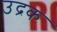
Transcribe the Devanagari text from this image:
उद्रक